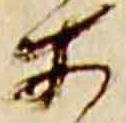
所